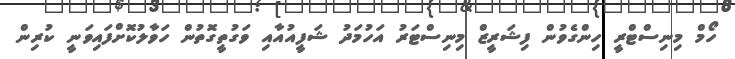
ހޯމް މިނިސްޓްރީ ހިންގެވުން ފިޝަރީޒް މިނިސްޓަރު އަހުމަދު ޝަފީއުއާއި ވަގުތީގޮތުން ހަވާލުކޮށްފައިވަނީ ކުރިން